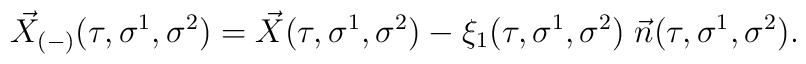
\vec{X}_{(-)}(\tau, \sigma^1, \sigma^2) = \vec{X}(\tau, \sigma^1, \sigma^2) - \xi_{1}(\tau, \sigma^1, \sigma^2) \;  \vec{n}(\tau, \sigma^1, \sigma^2).